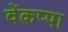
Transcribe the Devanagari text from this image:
वेंकप्पा